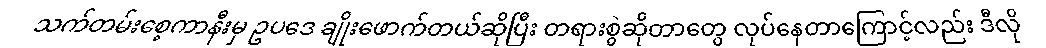
သက်တမ်းစေ့ကာနီးမှ ဥပဒေ ချိုးဖောက်တယ်ဆိုပြီး တရားစွဲဆိုတာတွေ လုပ်နေတာကြောင့်လည်း ဒီလို